Medical and sanitary report on the native army of Bombay for the year
Year: 1878
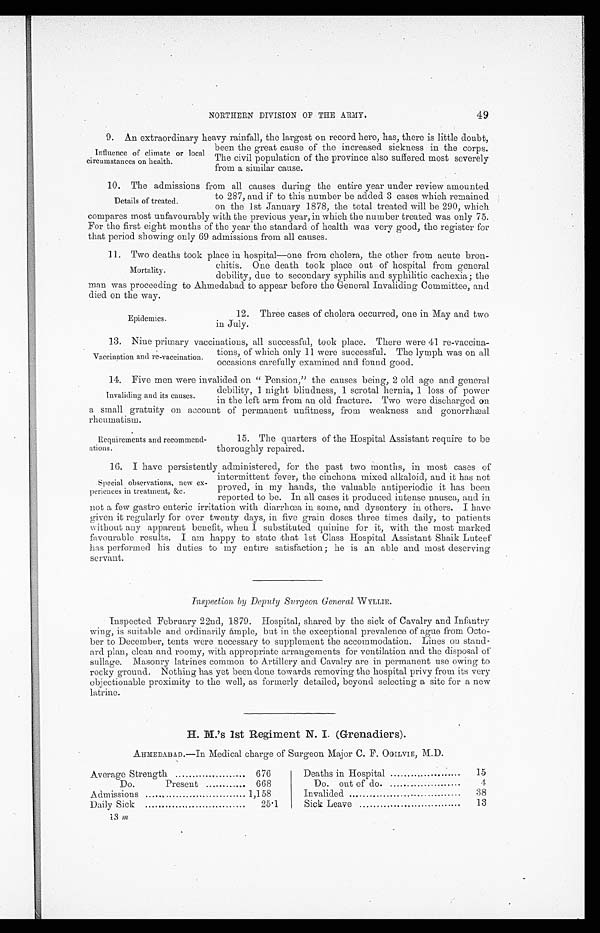
NORTHERN DIVISION OF THE ARMY.
49
9. An extraordinary heavy rainfall, the largest on record here, has, there is little doubt,
Influence of climate or local
circumstances on health.
been the great cause of the increased sickness in the corps.
The civil population of the province also suffered most severely
f r o m a s i m i l a r c a u s e .
10. The admissions from all causes during the entire year under review amounted
to 287, and if to this number be added 3 cases which remained
on the 1st January 1878, the total treated will be 290, which
compares most unfavourably with the previous year, in which the number treated was only 75.
For the first eight months of the year the standard of health was very good, the register for
that period showing only 69 admissions from all causes.
11. Two deaths took place in hospital—one from cholera, the other from acute bron
-chitis.
Une death took place out of hospital from general
debility, due to secondary syphilis and syphilitic cachexia; the
man was proceeding to Ahmedabad to appear before the General Invaliding Committee, and
died on the way.
Details of treated.
Mortality.
Epidemics.
12. Three cases of cholera occurred, one in May and two
in July.
13. Nine primary vaccinations, all successful, took place. There were 41 re-vaccina-
Vaccination and re -vaccination.
tions, of which only 11 were successful. The lymph was on all
occasions carefully examined and found good.
14. Five men were invalided on “ Pension,” the causes being, 2 old age and general
debility, 1 night blindness, 1 scrotal hernia, 1 loss of power
in the left arm from an old fracture. Two ere g
dischared on
a small gratuity on account of permanent unfitness, from weakness and gonorrhæal
rheumatism.
Invaliding and its causes.
Requirements and recommend-
ations.
15. The quarters of the Hospital Assistant require to be
thoroughly repaired.
16. I have persistently administered, for the past two months, in most cases of
Special observations, new ex-
periences in treatment, &c.
intermittent fever, the cinchona mixed alkaloid, and it has not
proved, in my hands, the valuable antiperiodic it has been
reported to be. In all cases it produced intense nausea, and in
not a few gastro enteric irritation with diarrhœa in some, and dysentery in others. I have
given it regularly for over twenty days, in five grain closes three times daily, to patients
without any apparent benefit, when I substituted. quinine for it, with the most marked
favourable results. I am happy to state that 1st Class Hospital Assistant Shaik Luteef
has performed his duties to my entire satisfaction; he is an able and most deserving
servant.
Inspection by Deputy Surgeon General WYLLIE.
Inspected February 22nd, 1879. Hospital, shared by the sick of Cavalry and Infantry
wing, is suitable and ordinarily ample, but in the exceptional prevalence of ague from Octo-
ber to December, tents were necessary to supplement the accommodation. Lines on stand-
ard plan, clean and roomy, with appropriate arrangements for ventilation and the disposal of
sullage. Masonry latrines common to Artillery and Cavalry are in permanent use owing to
rocky ground, Nothing has yet been done towards removing the hospital privy from its very
objectionable proximity to the well, as formerly detailed, beyond selecting a site for a new
latrine.
H. M.’s 1st Regiment N. I. (Grenadiers).
AHMEDABAD.—In Medical charge of Surgeon Major C. F. OGILVIE, M.D.
Average Strength
676
Deaths in Hospital
15
Do.
Present
668
Do. out of do.
4
Admissions
1,158
Invalided
38
Daily Sick
25.1
Sick Leave
13